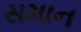
સમાન